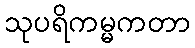
သုပရိကမ္မကတာ